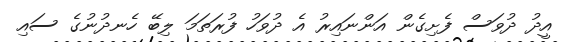
އީދު ދުވަސް ފެށިގެން އަންނައިރު އެ ދުވަހު ފުރަތަމަ ލިބޭ ހެނދުނުގެ ސައި